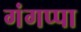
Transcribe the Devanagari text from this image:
गंगप्पा